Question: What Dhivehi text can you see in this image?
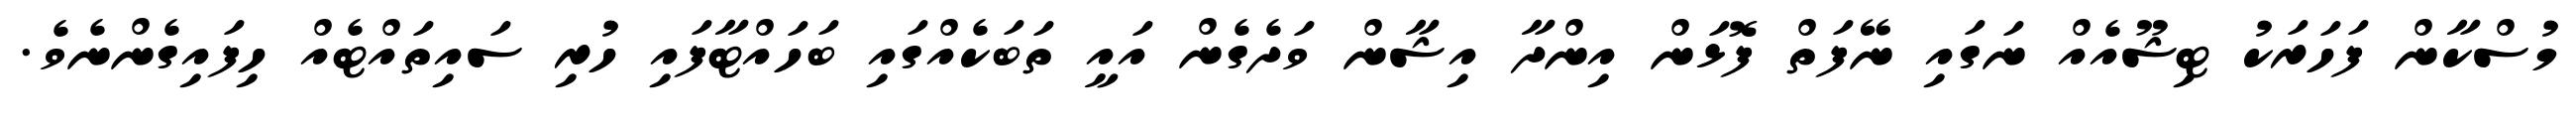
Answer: މުސްކާން ފަހަރަކު ޓިޝޫއެއް ނަގައި ނޭފަތް ފޮޅަން އިންދާ އިޝާން ވަދެގެން އައީ ތަބަކެއްގައި ބަހައްޓާފައި ހުރި ސައިތައްޓެއް ހިފައިގެންނެވެ.